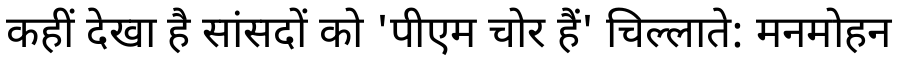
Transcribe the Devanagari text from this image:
कहीं देखा है सांसदों को 'पीएम चोर हैं' चिल्लाते: मनमोहन